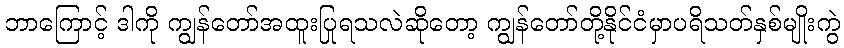
ဘာကြောင့် ဒါကို ကျွန်တော်အထူးပြုရသလဲဆိုတော့ ကျွန်တော်တို့နိုင်ငံမှာပရိသတ်နှစ်မျိုးကွဲ